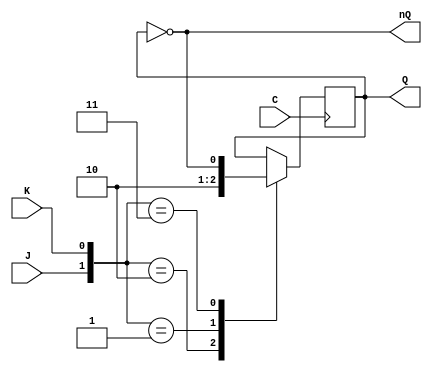
//Cuenta a realizar:
//3 -> 5 -> 0 -> 11 -> 11 -> 11 -> 2 -> 8 -> 12 -> 5

//Modulo JK
module JK(output reg Q, output wire nQ, input wire J, input wire K, input wire C);
	not(nQ,Q);
	
	initial
	begin
		Q=0;
	end
	
	always @(posedge C) // Se activa por cada flanco de subida
		case ({J,K})
		2'b10: Q=1;
		2'b01: Q=0;
		2'b11: Q=~Q;
		endcase
endmodule
	
//Modulo CONTADOR
module ContadorArbitrario (output wire [3:0] Q, output wire [3:0] I, input wire C);
wire [3:0] nQ;
wire J0,K0,J1,K1,J2,K2,J3,K3;
wire nQ2nQ3,Q0Q3,nQ1nQ3,Q1Q3,nQ3Q2,nQ0Q3,Q0nQ3;

	//J0-K0
	and (nQ3Q2,nQ[3],Q[2]);
	or (K0,nQ3Q2,Q1Q3);//K0
	and (nQ1nQ3,nQ[1],nQ[3]);
	and (Q1Q3,Q[1],Q[3]);
	or (J0,nQ1nQ3,Q1Q3,Q[2]);//J0
	
	//J1-K1
	assign K1=nQ[3];//K1
	and (nQ2nQ3,nQ[2],nQ[3]);
	and (Q0Q3,Q[0],Q[3]);
	or (J1,nQ2nQ3,Q0Q3);//J1
	
	//J2-K2
	assign K2=Q[0];//K2
	and (nQ0Q3,nQ[0],Q[3]);
	and (Q0nQ3,Q[0],nQ[3]);
	or (J2,nQ0Q3,Q0nQ3);//J2
	
	//J3-K3
	and (K3,Q[0],Q[2]); //K3
	assign J3=nQ[0]; //J3
    
    
	JK JK0(Q[0],nQ[0],J0,K0,C);
	JK JK1(Q[1],nQ[1],J1,K1,C);
	JK JK2(Q[2],nQ[2],J2,K2,C);
	JK JK3(Q[3],nQ[3],J3,K3,C);

//Cambio de los numeros repetidos
wire or1, or2, and1, and2;

	//O0
	and (and2,Q[1],nQ[2],Q[3]);
	or (I[0],Q[0],and2);
	
	//O1
	assign I[1]=Q[1];
	
	//O2
	or (or2,nQ[1],nQ[3],nQ[0]);
	and (I[2],Q[2],or2);
	
	//O3
	or (or1, nQ[0],nQ[2],Q[1]);
	and (I[3],Q[3],or1);

endmodule

//Mdulo para probar el circuito.
module TestModulo;
reg C;
wire [3:0] Q;
wire [3:0] I;
	ContadorArbitrario counter (Q,I,C);
	
	always #5 C=~C;

	initial
	begin
		$dumpfile("ContadorArbitrarioGTK.dmp"); //Archivo GTKWAVE
		$dumpvars(2, counter, Q);

	counter.JK0.Q<=1; //La serie empezara por el numero
	counter.JK1.Q<=1; // 0011 es decir el 3 en decimal
	counter.JK2.Q<=0;
	counter.JK3.Q<=0;
	C=0;
	
//Para comprobar el programa en el terminal
	$monitor($time, " Reloj C(%b) Contador Q |%d| |%b| Contador I |%d||%b|",C,Q,Q,I,I);
	#100;
		$dumpoff;
		$finish;
	end
endmodule